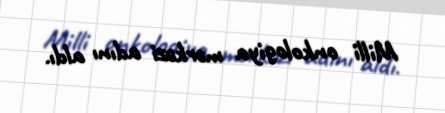
Milli onkologiya mərkəzi adını aldı.